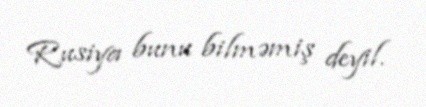
Rusiya bunu bilməmiş deyil.